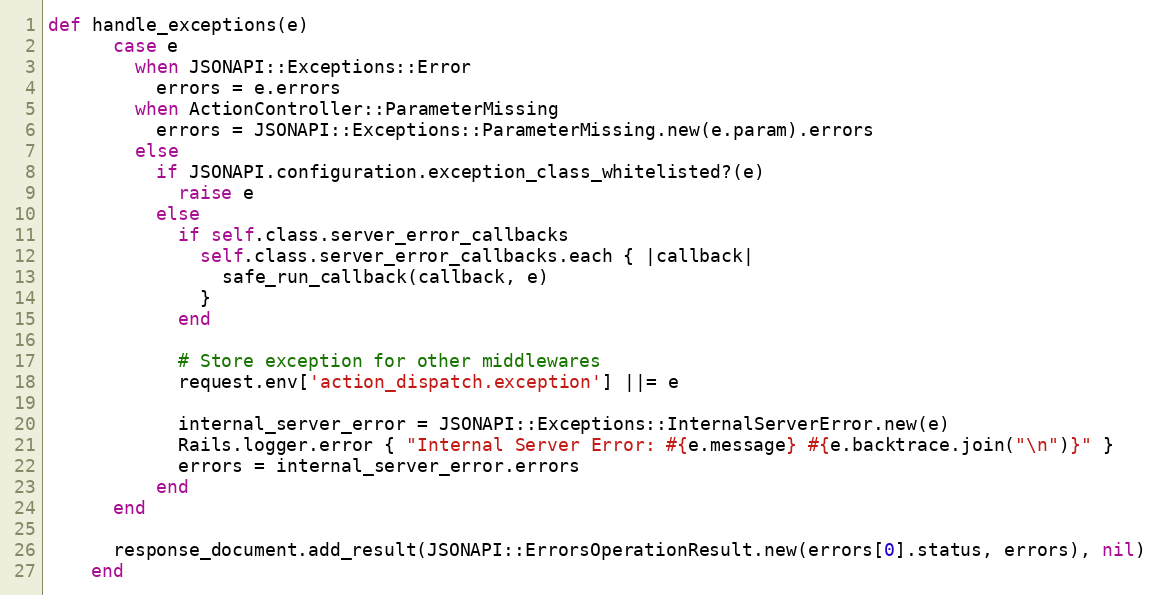
Language: Ruby
def handle_exceptions(e)
      case e
        when JSONAPI::Exceptions::Error
          errors = e.errors
        when ActionController::ParameterMissing
          errors = JSONAPI::Exceptions::ParameterMissing.new(e.param).errors
        else
          if JSONAPI.configuration.exception_class_whitelisted?(e)
            raise e
          else
            if self.class.server_error_callbacks
              self.class.server_error_callbacks.each { |callback|
                safe_run_callback(callback, e)
              }
            end

            # Store exception for other middlewares
            request.env['action_dispatch.exception'] ||= e

            internal_server_error = JSONAPI::Exceptions::InternalServerError.new(e)
            Rails.logger.error { "Internal Server Error: #{e.message} #{e.backtrace.join("\n")}" }
            errors = internal_server_error.errors
          end
      end

      response_document.add_result(JSONAPI::ErrorsOperationResult.new(errors[0].status, errors), nil)
    end